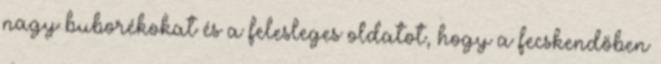
nagy buborékokat és a felesleges oldatot, hogy a fecskendőben